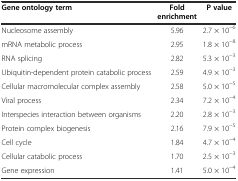
<table><thead><tr><td><b>Gene ontology term</b></td><td><b>Fold enrichment</b></td><td><b>P value</b></td></tr></thead><tbody><tr><td>Nucleosome assembly</td><td>5.96</td><td>2.7 × 10<sup>−6</sup></td></tr><tr><td>mRNA metabolic process</td><td>2.95</td><td>1.8 × 10<sup>−8</sup></td></tr><tr><td>RNA splicing</td><td>2.82</td><td>5.3 × 10<sup>−3</sup></td></tr><tr><td>Ubiquitin-dependent protein catabolic process</td><td>2.59</td><td>4.9 × 10<sup>−3</sup></td></tr><tr><td>Cellular macromolecular complex assembly</td><td>2.58</td><td>5.0 × 10<sup>−5</sup></td></tr><tr><td>Viral process</td><td>2.34</td><td>7.2 × 10<sup>−4</sup></td></tr><tr><td>Interspecies interaction between organisms</td><td>2.20</td><td>2.8 × 10<sup>−3</sup></td></tr><tr><td>Protein complex biogenesis</td><td>2.16</td><td>7.9 × 10<sup>−5</sup></td></tr><tr><td>Cell cycle</td><td>1.84</td><td>4.7 × 10<sup>−4</sup></td></tr><tr><td>Cellular catabolic process</td><td>1.70</td><td>2.5 × 10<sup>−3</sup></td></tr><tr><td>Gene expression</td><td>1.41</td><td>5.0 × 10<sup>−4</sup></td></tr></tbody></table>